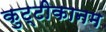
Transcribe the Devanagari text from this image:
कुट्टीकानम